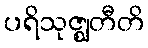
ပရိသုဇ္ဈတီတိ